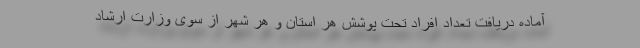
آماده دریافت تعداد افراد تحت پوشش هر استان و هر شهر از سوی وزارت ارشاد